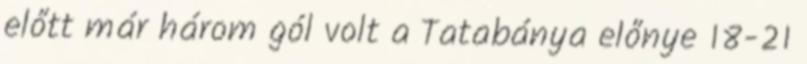
előtt már három gól volt a Tatabánya előnye 18-21